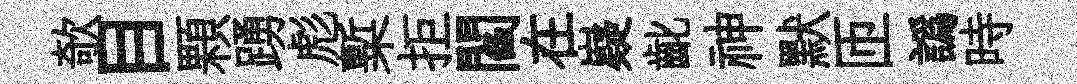
欹目顆踴彪槧拒閻在嶷齔神默匝譌時